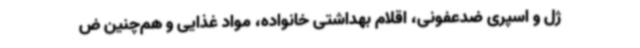
ژل و اسپری ضدعفونی، اقلام بهداشتی خانواده، مواد غذایی و هم‌چنین ض